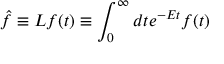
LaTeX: \hat { f } \equiv { \cal L } f ( t ) \equiv \int _ { 0 } ^ { \infty } d t e ^ { - E t } f ( t )